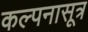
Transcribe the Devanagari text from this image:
कल्पनासूत्र